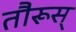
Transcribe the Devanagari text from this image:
तौरूस्